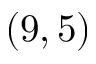
( 9 , 5 )